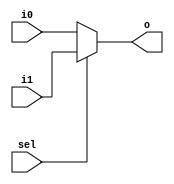
`timescale 1ns / 1ps
//////////////////////////////////////////////////////////////////////////////////
// Company: 
// Engineer: 
// 
// Design Name: 
// Module Name: mux2by1
// Project Name: 
// Target Devices: 
// Tool Versions: 
// Description: 
// 
// Dependencies: 
// 
// Revision:
// Revision 0.01 - File Created
// Additional Comments:
// 
//////////////////////////////////////////////////////////////////////////////////
module mux2by1(
input [31:0]i0,
input [31:0]i1,
input sel,
output [31:0]o
    );

assign o = sel ? i1 : i0 ;

endmodule